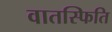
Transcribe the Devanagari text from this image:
वातस्फिति